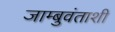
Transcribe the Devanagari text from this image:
जाम्बुवंताशी